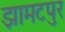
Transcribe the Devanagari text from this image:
झामटपुर